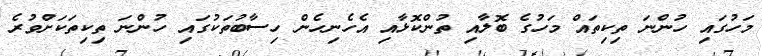
މަހުގައި ހުންނަ ތިކިތައް މަހުގެ ބޮލާއި ތުންކޮޅާއި އެހެނިހެން ހިސާބުތަކުގައި ހުންނަ ތިކިތަކަށްވުރެ